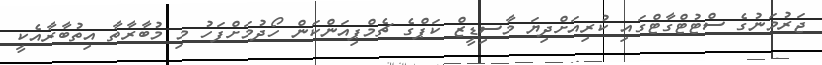
ޖަރުމަނުގެ ސްޓުޓްގާޓްގައި ކުރިއަށްދިޔަ މާސިޑީޒް ކަޕްގެ ޗެމްޕިއަންކަން ހޯދުމަށްފަހު މި މުބާރާތާ އިތުބާރާއެކީ